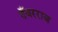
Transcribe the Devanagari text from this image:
तँवरराज